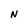
Character: N